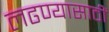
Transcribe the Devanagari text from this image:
लढण्यासाठीं